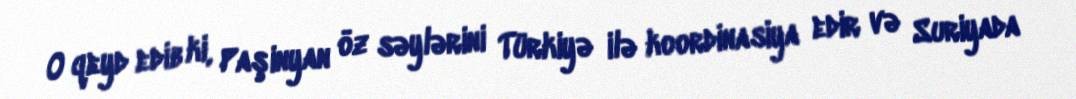
O qeyd edib ki, Paşinyan öz səylərini Türkiyə ilə koordinasiya edir və Suriyada